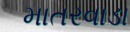
માતરવાડા